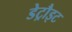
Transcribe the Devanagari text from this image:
डेट्रौइट